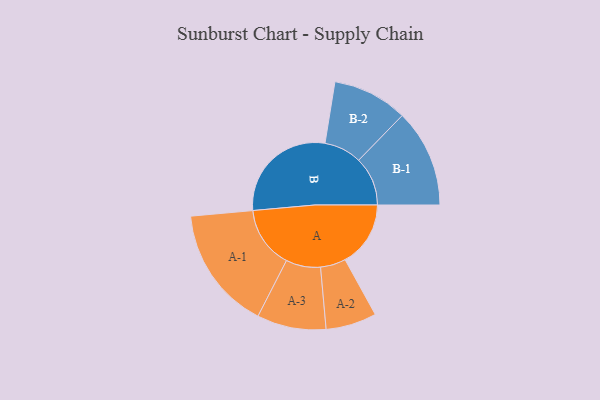
{"axis": {"x": "Segment", "y": "Value"}, "legend": ["", "A", "B"], "data": [{"x": "A", "y": 286, "type": ""}, {"x": "B", "y": 488, "type": ""}, {"x": "A-1", "y": 270, "type": "A"}, {"x": "A-2", "y": 111, "type": "A"}, {"x": "A-3", "y": 151, "type": "A"}, {"x": "B-1", "y": 214, "type": "B"}, {"x": "B-2", "y": 164, "type": "B"}]}